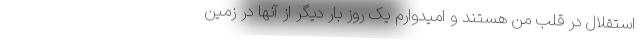
استقلال در قلب من هستند و امیدوارم یک روز بار دیگر از آنها در زمین